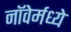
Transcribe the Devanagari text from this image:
नॉवेर्मध्ये